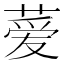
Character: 𫉁